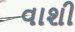
વાશી